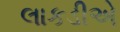
લાકડીએ